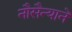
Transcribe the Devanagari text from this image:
नौसैन्याने